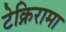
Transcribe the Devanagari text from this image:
टेक्निरामा